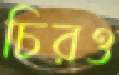
চিরও